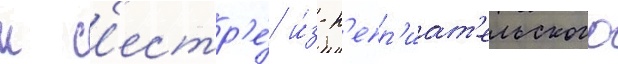
к с'естр'е́ и́з н'епр'иат'ельского